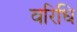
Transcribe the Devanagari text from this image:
वरिधि